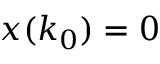
x ( k _ { 0 } ) = 0